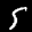
Label: 5